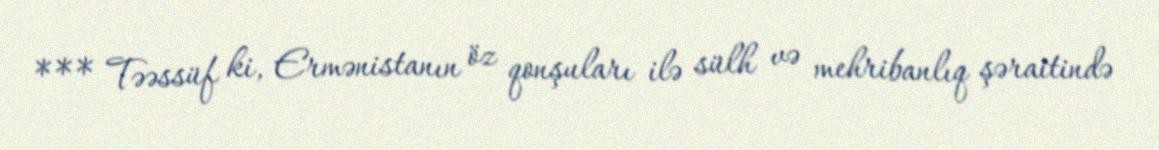
*** Təəssüf ki, Ermənistanın öz qonşuları ilə sülh və mehribanlıq şəraitində